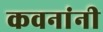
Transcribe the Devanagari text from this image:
कवनांनी